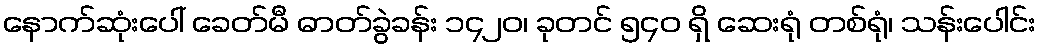
နောက်ဆုံးပေါ် ခေတ်မီ ဓာတ်ခွဲခန်း ၁၄၂၀၊ ခုတင် ၅၄၀ ရှိ ဆေးရုံ တစ်ရုံ၊ သန်းပေါင်း